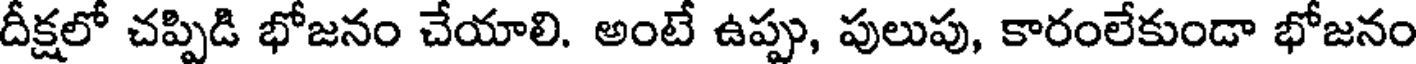
దీక్షలో చప్పిడి భోజనం చేయాలి. అంటే ఉప్పు, పులుపు, కారంలేకుండా భోజనం